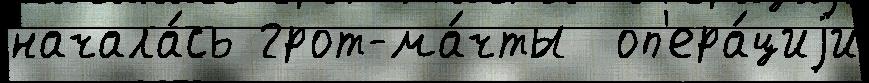
начала́сь грот-ма́чты  оп'ера́циjи